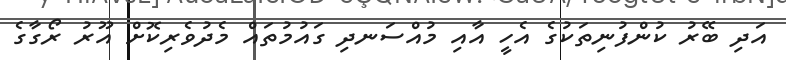
އަދި ބޭރު ކުންފުނިތަކުގެ އެހީ އާއި މުއްސަނދި ގައުމުތައް މެދުވެރިކޮށް އޫރު ރޯގާގެ